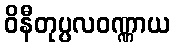
ဝိနီတုပ္ပလဝဏ္ဏာယ